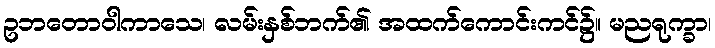
ဥဘတောဝါကာသေ၊ လမ်းနှစ်ဘက်၏ အထက်ကောင်းကင်၌။ မညရုက္ခာ၊